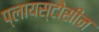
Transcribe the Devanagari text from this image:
प्लायस्टोसीन